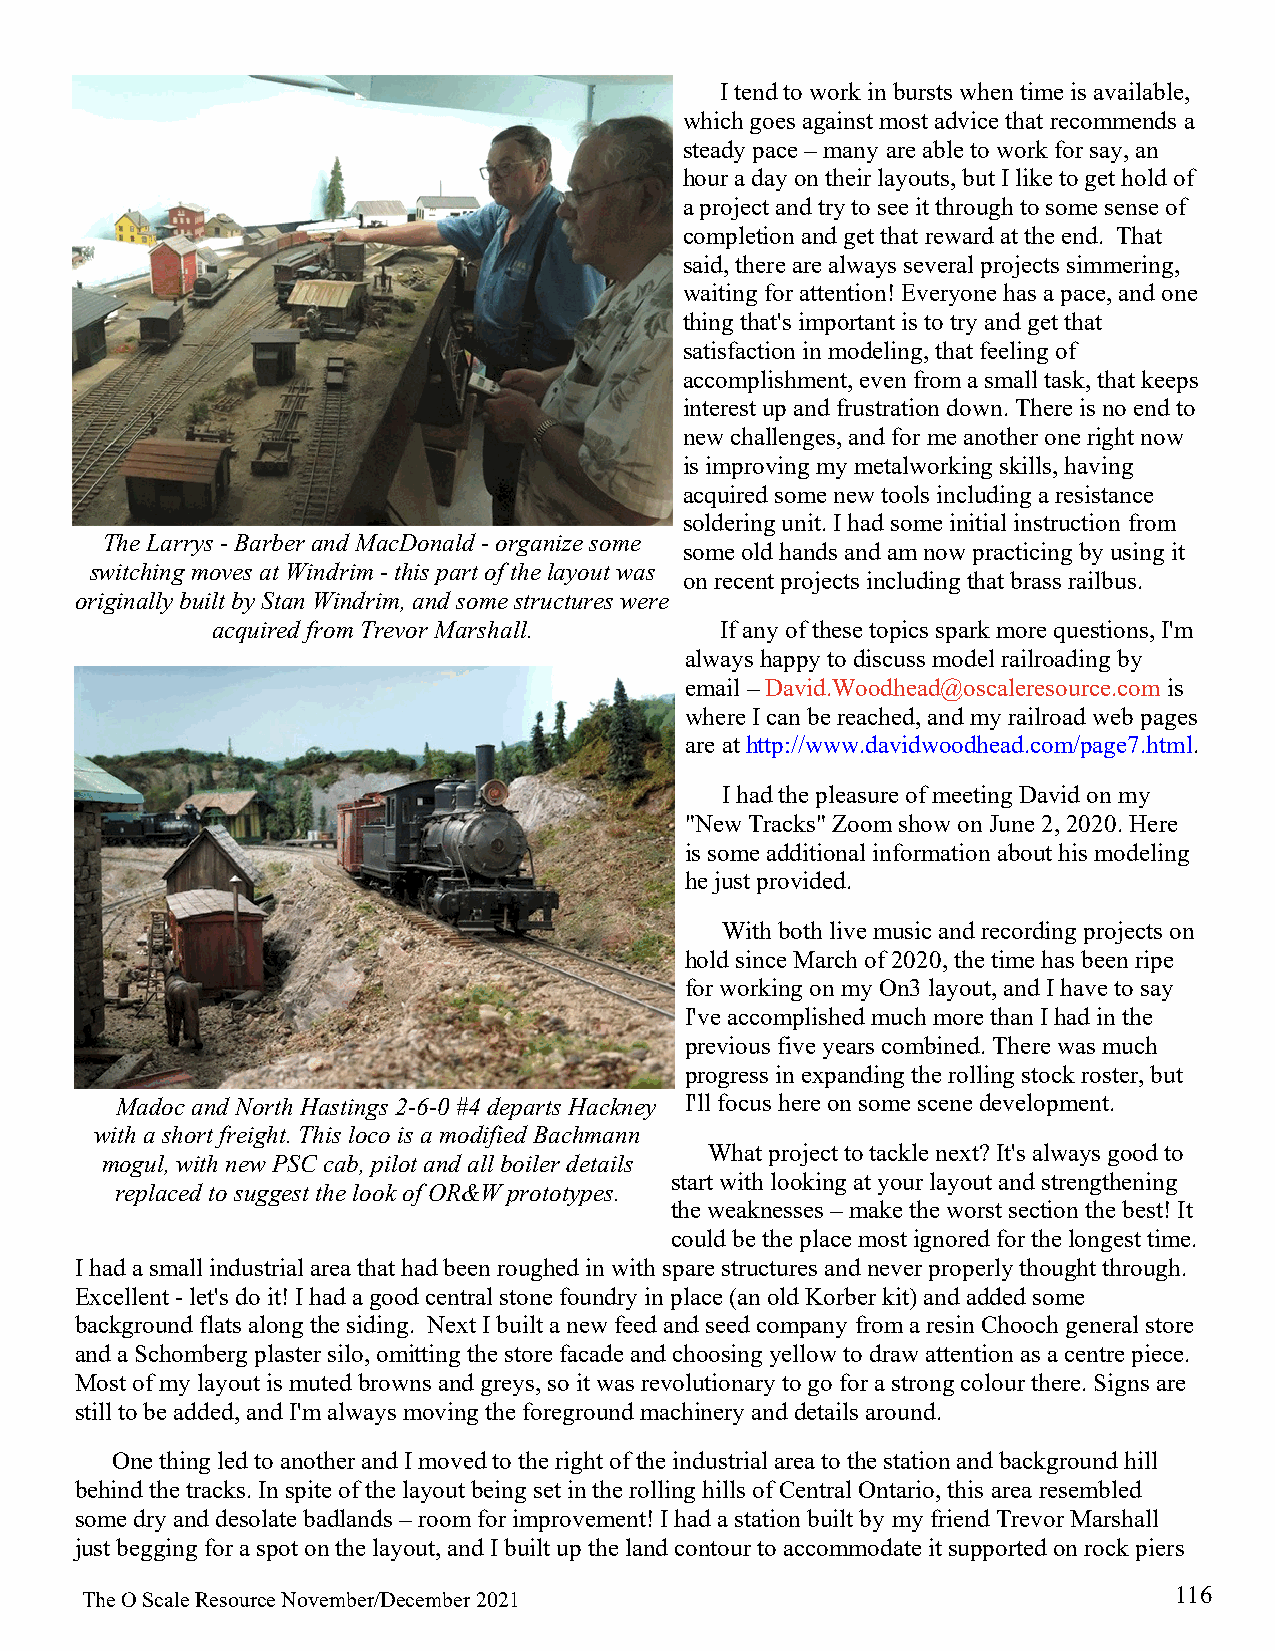
​I tend to work in bursts when time is available,
 which goes against most advice that recommends a
 steady pace – many are able to work for say, an
 hour a day on their layouts, but I like to get hold of
 a project and try to see it through to some sense of
 completion and get that reward at the end. That
 said, there are always several projects simmering,
 waiting for attention! Everyone has a pace, and one
 thing that's important is to try and get that
 satisfaction in modeling, that feeling of
 accomplishment, even from a small task, that keeps
 interest up and frustration down. There is no end to
 new challenges, and for me another one right now
 is improving my metalworking skills, having
 acquired some new tools including a resistance
 soldering unit. I had some initial instruction from
 The Larrys - Barber and MacDonald - organize some
 some old hands and am now practicing by using it
 switching moves at Windrim - this part of the layout was
 on recent projects including that brass railbus.
 originally built by Stan Windrim, and some structures were
 acquired from Trevor Marshall.    ​If any of these topics spark more questions, I'm
 always happy to discuss model railroading by
 email – David.Woodhead@oscaleresource.com is
 where I can be reached, and my railroad web pages
 are at http://www.davidwoodhead.com/page7.html.
 I had the pleasure of meeting David on my
 "New Tracks" Zoom show on June 2, 2020. Here
 is some additional information about his modeling
 he just provided.
 With both live music and recording projects on
 hold since March of 2020, the time has been ripe
 for working on my On3 layout, and I have to say
 I've accomplished much more than I had in the
 previous five years combined. There was much
 progress in expanding the rolling stock roster, but
 Madoc and North Hastings 2-6-0 #4 departs Hackney I'll focus here on some scene development.
 with a short freight. This loco is a modified Bachmann
 ​​What project to tackle next? It's always good to
 mogul, with new PSC cab, pilot and all boiler details
 start with looking at your layout and strengthening
 replaced to suggest the look of OR&W prototypes.
 the weaknesses – make the worst section the best! It
 could be the place most ignored for the longest time.
 I had a small industrial area that had been roughed in with spare structures and never properly thought through.
 Excellent - let's do it! I had a good central stone foundry in place (an old Korber kit) and added some
 background flats along the siding. Next I built a new feed and seed company from a resin Chooch general store
 and a Schomberg plaster silo, omitting the store facade and choosing yellow to draw attention as a centre piece.
 Most of my layout is muted browns and greys, so it was revolutionary to go for a strong colour there. Signs are
 still to be added, and I'm always moving the foreground machinery and details around.
 ​One thing led to another and I moved to the right of the industrial area to the station and background hill
 behind the tracks. In spite of the layout being set in the rolling hills of Central Ontario, this area resembled
 some dry and desolate badlands – room for improvement! I had a station built by my friend Trevor Marshall
 just begging for a spot on the layout, and I built up the land contour to accommodate it supported on rock piers
 116
 The O Scale Resource November/December 2021